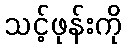
သင့်ဖုန်းကို